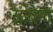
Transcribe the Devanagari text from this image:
सुपार्‍या